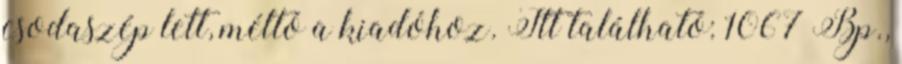
csodaszép lett, méltó a kiadóhoz. Itt található: 1067 Bp.,